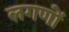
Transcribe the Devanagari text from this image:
लगणों